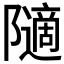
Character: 𱀿